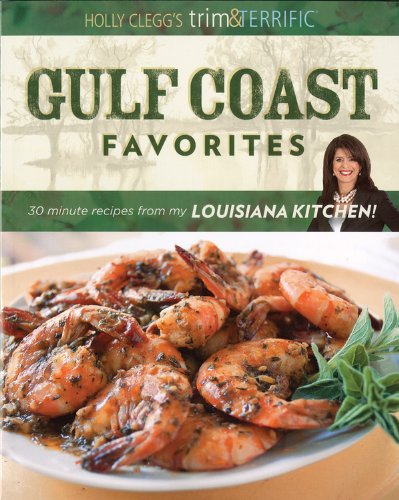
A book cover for Holly Clegg's Trim & Terrific Gulf Coast Favorites: Over 250 easy recipes from my Louisiana Kitchen; Holly Clegg; Cookbooks, Food & Wine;